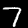
Digit: 7